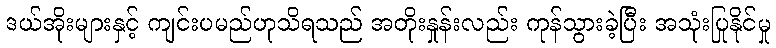
ဒယ်အိုးများနှင့် ကျင်းပမည်ဟုသိရသည် အတိုးနှုန်းလည်း ကုန်သွားခဲ့ပြီး အသုံးပြုနိုင်မှု